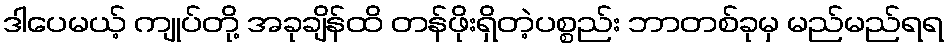
ဒါပေမယ့် ကျုပ်တို့ အခုချိန်ထိ တန်ဖိုးရှိတဲ့ပစ္စည်း ဘာတစ်ခုမှ မည်မည်ရရ